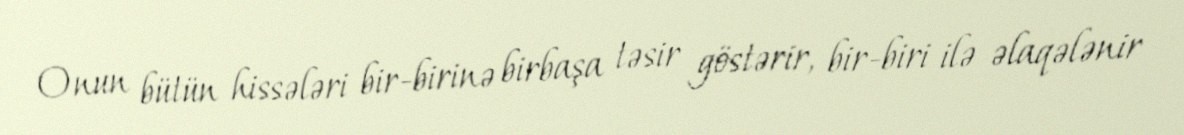
Onun bütün hissələri bir-birinə birbaşa təsir göstərir, bir-biri ilə əlaqələnir